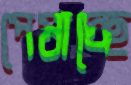
পেষাচ্ছে